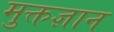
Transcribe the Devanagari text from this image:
मुक्तज्ञान